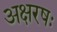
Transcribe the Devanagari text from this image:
अक्षरषः